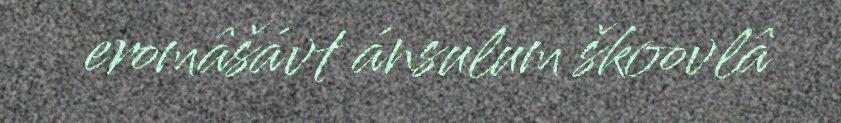
eromâšávt ánsulum škoovlâ